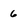
Character: 6